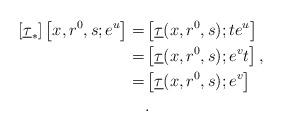
LaTeX: \begin{align*}[\underline{\tau}_*]\left[x,{r^0},s;e^u\right]=&\left[\underline{\tau}(x,{r^0},s);te^u \right]\\=&\left[\underline{\tau}(x,{r^0},s);e^vt\right],\\=&\left[\underline{\tau}(x,r^0,s);e^v\right]\\&.\end{align*}